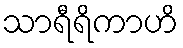
သာရီရိကာဟိ